Annual report on the Civil Veterinary Department, Burma (including the Insein Veterinary School) - 1910-1922
Year: 1910
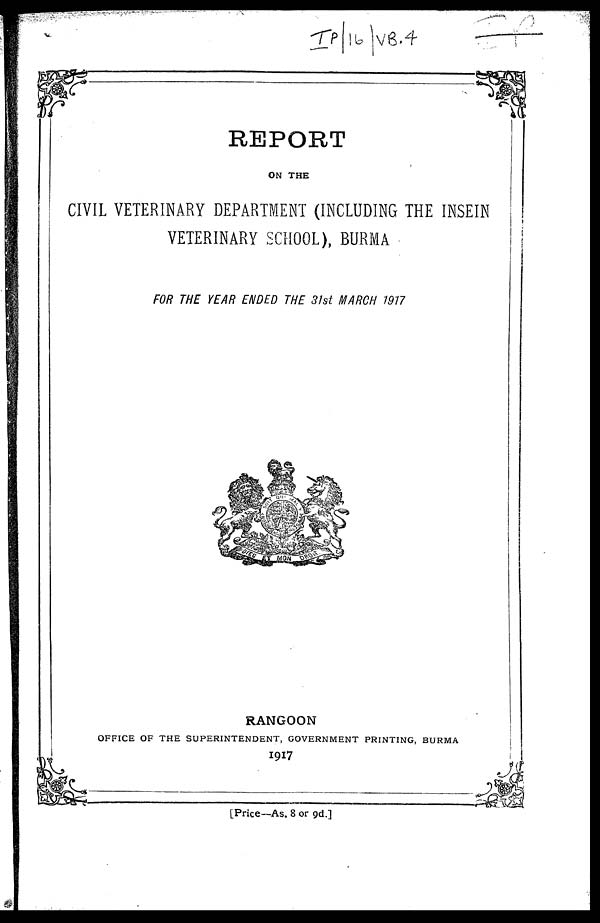
REPORT
ON THE
CIVIL VETERINARY DEPARTMENT (INCLUDING THE INSEIN
VETERINARY SCHOOL), BURMA
FOR THE YEAR ENDED THE 31st MARCH 1917
RANGOON
OFFICE OF THE SUPERINTENDENT, GOVERNMENT PRINTING, BURMA
1917
[Price—As. 8 or 9d.]